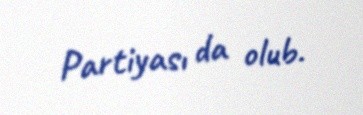
Partiyası da olub.